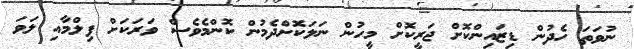
ނުވަތަ ހެދުން ޑިޒައިންކޮށް ޖަރީކޮށް މީހުން ނަލަކޮށްދެމުން ކޮންމެވެސް ވަރަކަށް ފިލްމާއި ލަވަ